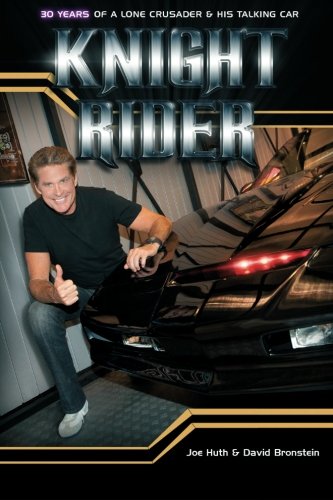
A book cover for Knight Rider: 30 Years of a Lone Crusader and His Talking Car; Joe Huth IV; Humor & Entertainment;